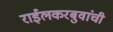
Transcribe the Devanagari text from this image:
राईलकरबुवांची